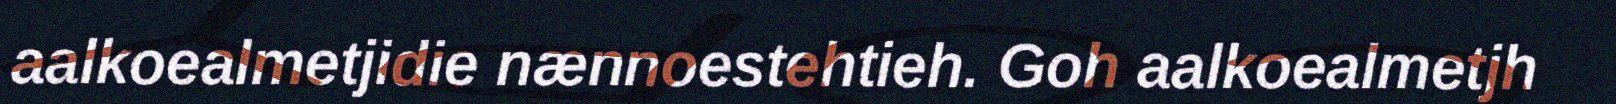
aalkoealmetjidie nænnoestehtieh. Goh aalkoealmetjh